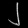
Digit: ၂